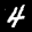
Digit: 4